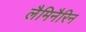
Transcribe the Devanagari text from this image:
लैमिनैरिन